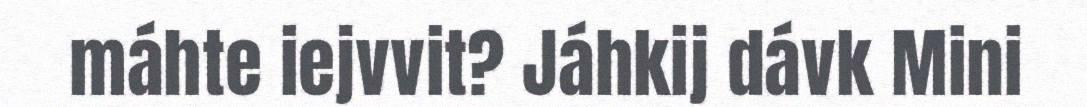
máhte iejvvit? Jáhkij dávk Mini